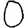
Digit: 0